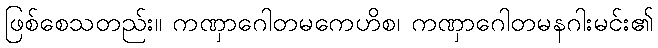
ဖြစ်စေသတည်း။ ကဏှာဂေါတမကေဟိစ၊ ကဏှာဂေါတမနဂါးမင်း၏